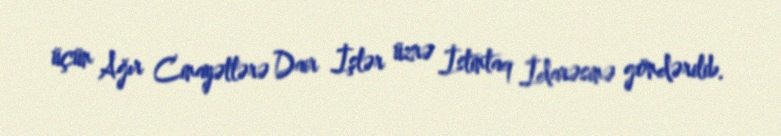
üçün Ağır Cinayətlərə Dair İşlər üzrə İstintaq İdarəsinə göndərilib.